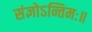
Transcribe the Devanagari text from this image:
संज्ञोऽन्तिमः॥